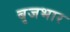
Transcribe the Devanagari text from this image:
बृजभार